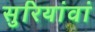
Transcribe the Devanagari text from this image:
सुरियांवां